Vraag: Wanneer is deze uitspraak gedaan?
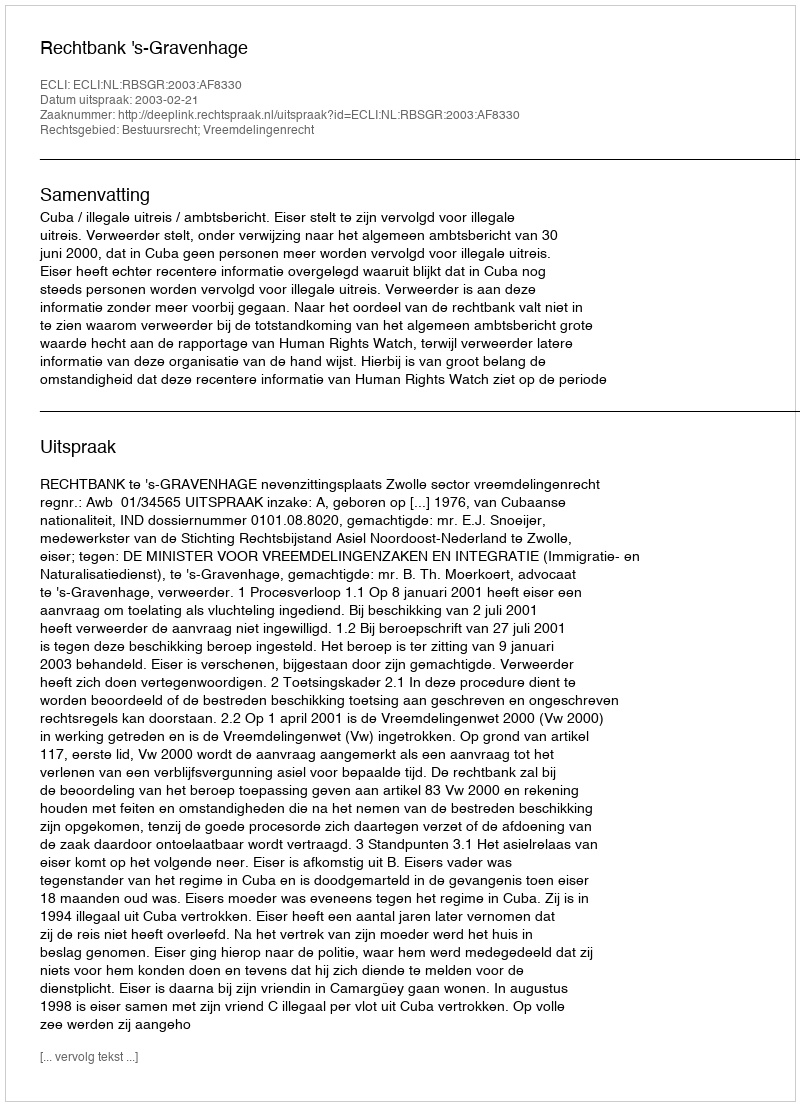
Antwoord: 2003-02-21